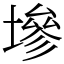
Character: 墋